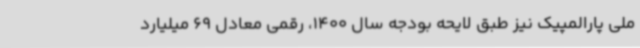
ملی پارالمپیک نیز طبق لایحه بودجه سال 1400، رقمی معادل 69 میلیارد